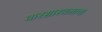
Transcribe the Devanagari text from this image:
वारसास्थळाचा